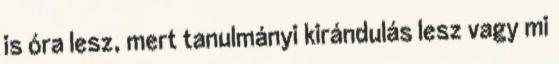
is óra lesz, mert tanulmányi kirándulás lesz vagy mi